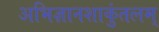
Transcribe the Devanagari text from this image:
अभिज्ञानशाकुंतलम्‌